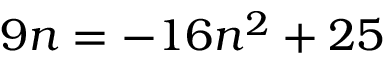
9 n = - 1 6 n ^ { 2 } + 2 5